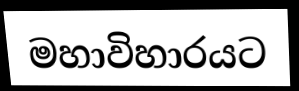
මහාවිහාරයට